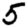
Digit: 5